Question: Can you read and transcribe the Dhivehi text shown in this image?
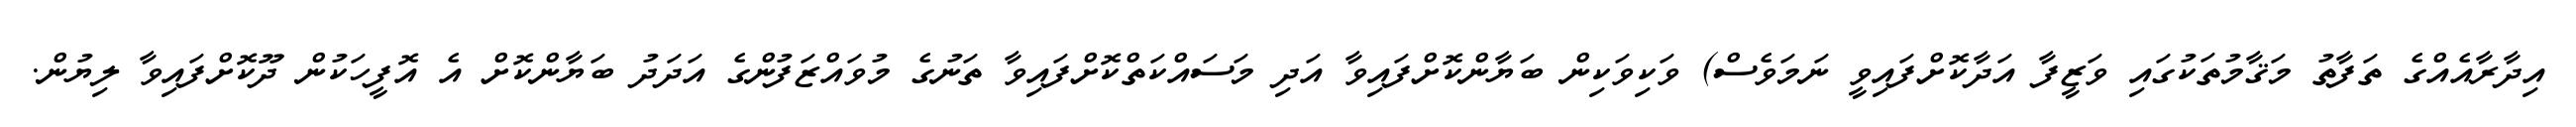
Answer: އިދާރާއެއްގެ ތަފާތު މަޤާމުތަކުގައި ވަޒީފާ އަދާކޮށްފައިވީ ނަމަވެސް) ވަކިވަކިން ބަޔާންކޮށްފައިވާ އަދި މަސައްކަތްކޮށްފައިވާ ތަނުގެ މުވައްޒަފުންގެ އަދަދު ބަޔާންކޮށް އެ އޮފީހަކުން ދޫކޮށްފައިވާ ލިޔުން.